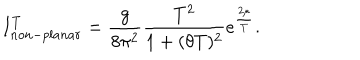
I _ { n o n - p l a n a r } ^ { T } = \frac { g } { 8 \pi ^ { 2 } } \frac { T ^ { 2 } } { 1 + ( \theta T ) ^ { 2 } } e ^ { \frac { 2 \mu } { T } } .